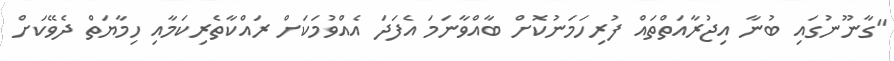
"ގާނޫނުގައި ބުނާ އިޖުރާއަތްތައް ފުރިހަމަނުކޮށް ބާއްވާނަމަ އެފަދަ އެއްވުމަކަށް ރައްކާތެރިކަމާއި ހިމާޔަތް ދެވޭކަށް